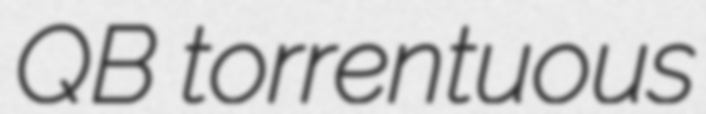
QB torrentuous